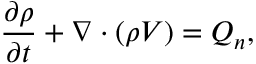
\frac { \partial \rho } { \partial t } + \nabla \cdot ( \rho \boldsymbol { V } ) = Q _ { n } ,